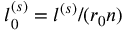
l _ { 0 } ^ { ( s ) } = l ^ { ( s ) } / ( r _ { 0 } n )